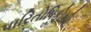
પારિતોષિકોથી